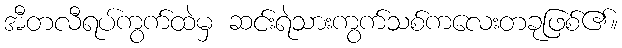
အီတလီရပ်ကွက်ထဲမှ ဆင်းရဲသားကွက်သစ်ကလေးတခုဖြစ်၏။